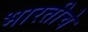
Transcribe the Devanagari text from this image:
भारतीचे